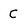
Character: C